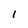
Character: I